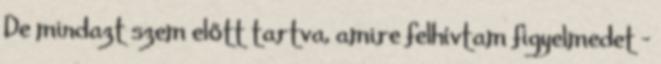
De mindazt szem előtt tartva, amire felhívtam figyelmedet -